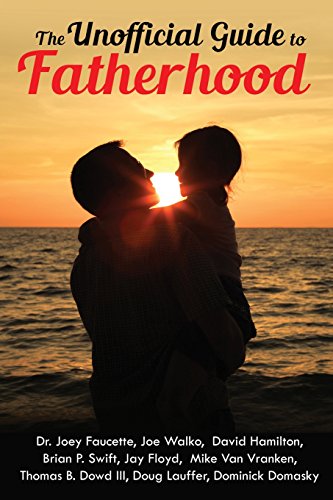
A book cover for The Unofficial Guide to Fatherhood; Dominick Domasky; Parenting & Relationships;